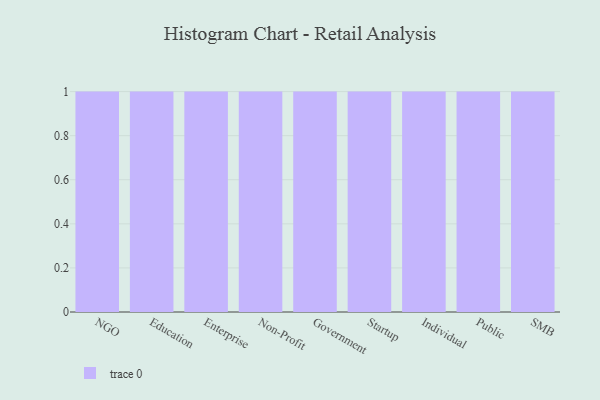
{"axis": {"x": "Segment", "y": "Revenue (USD Million)"}, "legend": [""], "data": [{"x": "NGO", "y": 62, "type": ""}, {"x": "Education", "y": 84, "type": ""}, {"x": "Enterprise", "y": 17, "type": ""}, {"x": "Non-Profit", "y": 67, "type": ""}, {"x": "Government", "y": 27, "type": ""}, {"x": "Startup", "y": 11, "type": ""}, {"x": "Individual", "y": 79, "type": ""}, {"x": "Public", "y": 91, "type": ""}, {"x": "SMB", "y": 63, "type": ""}]}